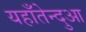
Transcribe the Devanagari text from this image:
यहाँतेन्दुआ